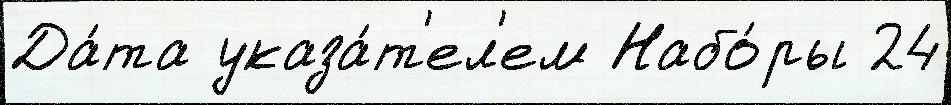
Да́та указа́т'ел'ем Набо́ры 24